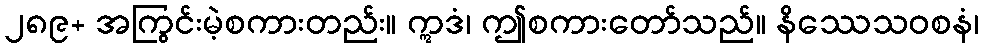
၂၈၉+ အကြွင်းမဲ့စကားတည်း။ ဣဒံ၊ ဤစကားတော်သည်။ နိဿေသဝစနံ၊